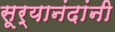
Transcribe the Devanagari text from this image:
सूर्यानंदांनी